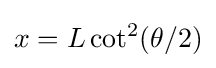
x=L\cot ^{2}(\theta /2)